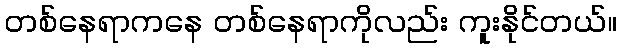
တစ်နေရာကနေ တစ်နေရာကိုလည်း ကူးနိုင်တယ်။